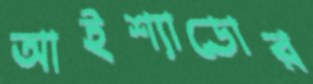
আইশ্যাডোর